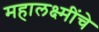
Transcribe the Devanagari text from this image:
महालक्ष्मींचे